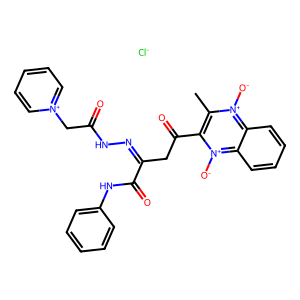
SMILES: Cc1c(C(=O)CC(=NNC(=O)C[n+]2ccccc2)C(=O)Nc2ccccc2)[n+]([O-])c2ccccc2[n+]1[O-].[Cl-]
Inhibits HIV replication: No